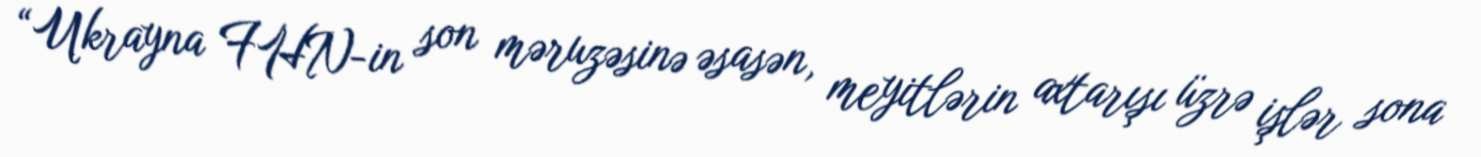
“Ukrayna FHN-in son məruzəsinə əsasən, meyitlərin axtarışı üzrə işlər sona